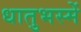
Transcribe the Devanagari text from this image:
धातुभस्में